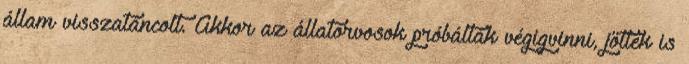
állam visszatáncolt. Akkor az állatorvosok próbálták végigvinni, jöttek is